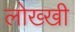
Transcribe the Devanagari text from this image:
लोख्खी